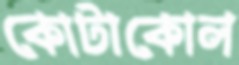
কোটাকোল